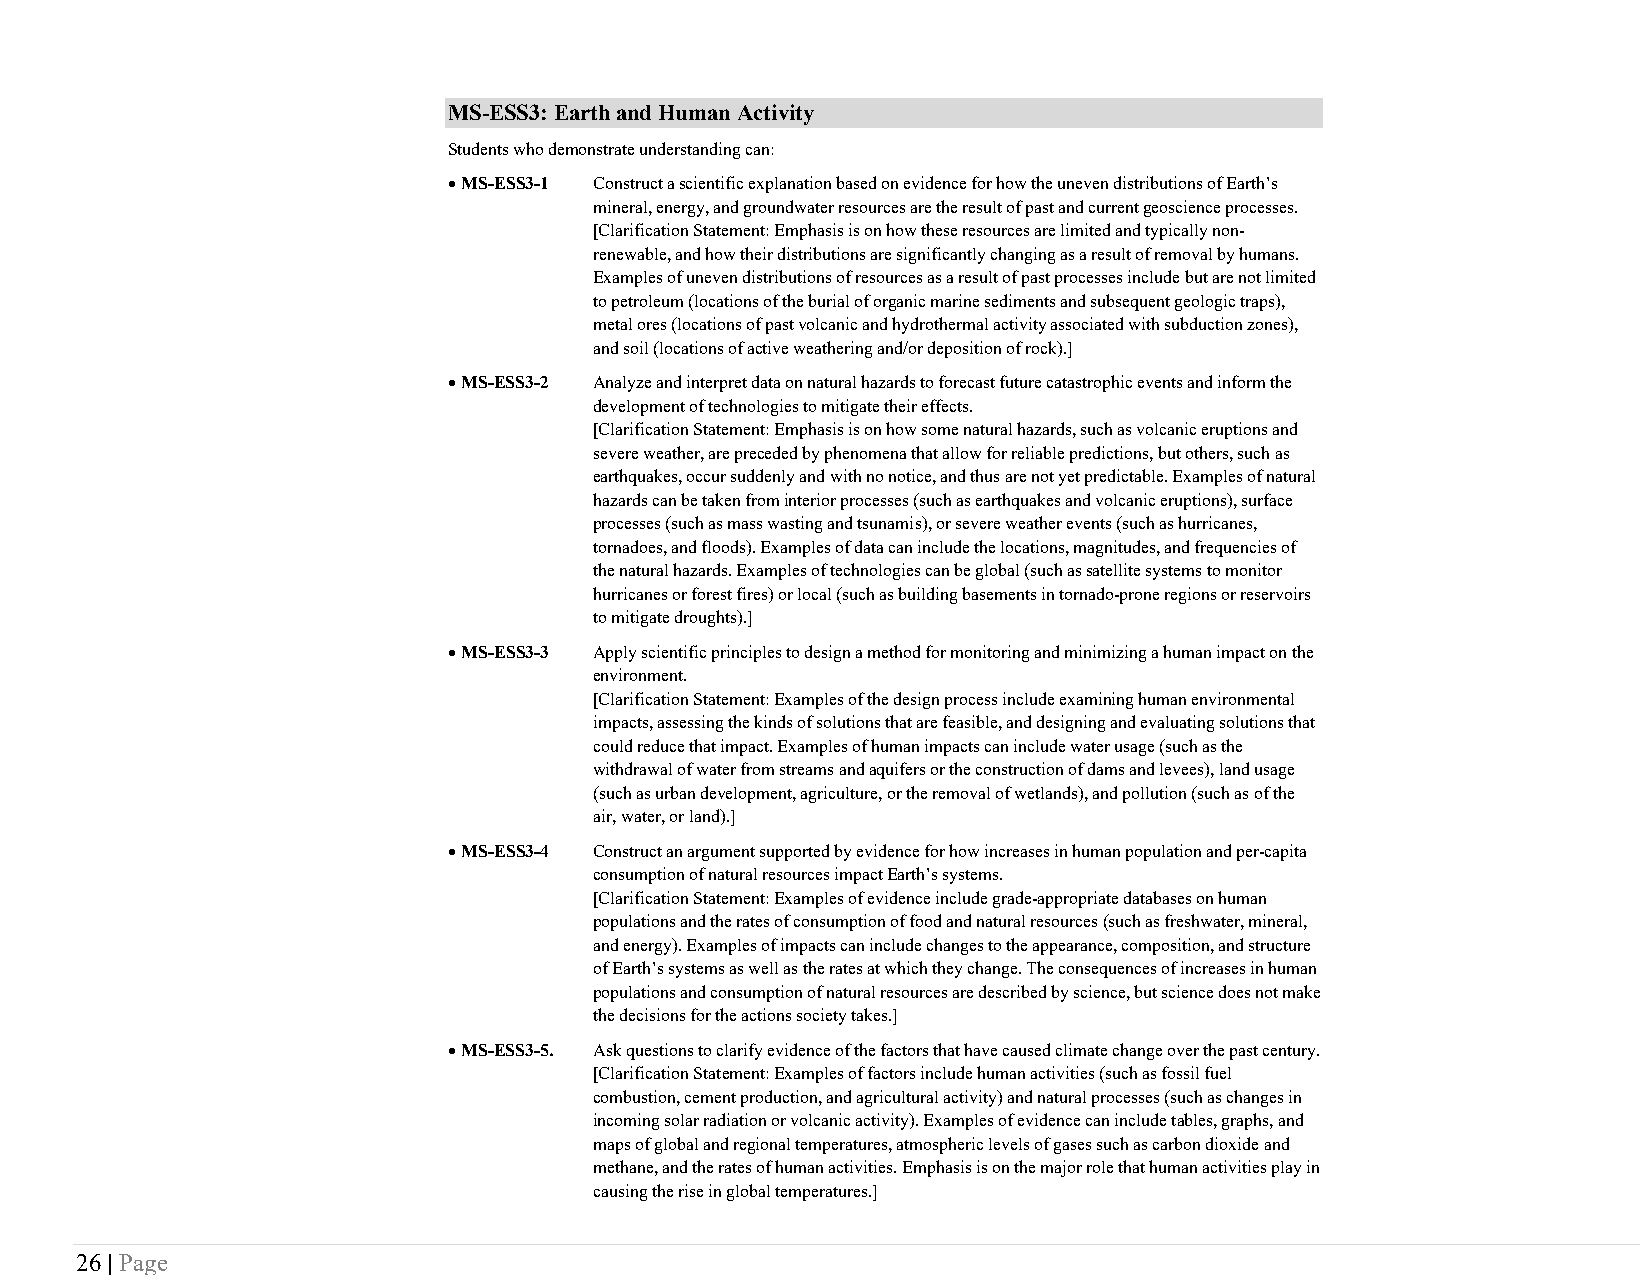
MS-ESS3: Earth and Human Activity
 Students who demonstrate understanding can:
 • MS-ESS3-1 Construct a scientific explanation based on evidence for how the uneven distributions of Earth’s
 mineral, energy, and groundwater resources are the result of past and current geoscience processes.
 [Clarification Statement: Emphasis is on how these resources are limited and typically non-
 renewable, and how their distributions are significantly changing as a result of removal by humans.
 Examples of uneven distributions of resources as a result of past processes include but are not limited
 to petroleum (locations of the burial of organic marine sediments and subsequent geologic traps),
 metal ores (locations of past volcanic and hydrothermal activity associated with subduction zones),
 and soil (locations of active weathering and/or deposition of rock).]
 • MS-ESS3-2 Analyze and interpret data on natural hazards to forecast future catastrophic events and inform the
 development of technologies to mitigate their effects.
 [Clarification Statement: Emphasis is on how some natural hazards, such as volcanic eruptions and
 severe weather, are preceded by phenomena that allow for reliable predictions, but others, such as
 earthquakes, occur suddenly and with no notice, and thus are not yet predictable. Examples of natural
 hazards can be taken from interior processes (such as earthquakes and volcanic eruptions), surface
 processes (such as mass wasting and tsunamis), or severe weather events (such as hurricanes,
 tornadoes, and floods). Examples of data can include the locations, magnitudes, and frequencies of
 the natural hazards. Examples of technologies can be global (such as satellite systems to monitor
 hurricanes or forest fires) or local (such as building basements in tornado-prone regions or reservoirs
 to mitigate droughts).]
 • MS-ESS3-3 Apply scientific principles to design a method for monitoring and minimizing a human impact on the
 environment.
 [Clarification Statement: Examples of the design process include examining human environmental
 impacts, assessing the kinds of solutions that are feasible, and designing and evaluating solutions that
 could reduce that impact. Examples of human impacts can include water usage (such as the
 withdrawal of water from streams and aquifers or the construction of dams and levees), land usage
 (such as urban development, agriculture, or the removal of wetlands), and pollution (such as of the
 air, water, or land).]
 • MS-ESS3-4 Construct an argument supported by evidence for how increases in human population and per-capita
 consumption of natural resources impact Earth’s systems.
 [Clarification Statement: Examples of evidence include grade-appropriate databases on human
 populations and the rates of consumption of food and natural resources (such as freshwater, mineral,
 and energy). Examples of impacts can include changes to the appearance, composition, and structure
 of Earth’s systems as well as the rates at which they change. The consequences of increases in human
 populations and consumption of natural resources are described by science, but science does not make
 the decisions for the actions society takes.]
 • MS-ESS3-5. Ask questions to clarify evidence of the factors that have caused climate change over the past century.
 [Clarification Statement: Examples of factors include human activities (such as fossil fuel
 combustion, cement production, and agricultural activity) and natural processes (such as changes in
 incoming solar radiation or volcanic activity). Examples of evidence can include tables, graphs, and
 maps of global and regional temperatures, atmospheric levels of gases such as carbon dioxide and
 methane, and the rates of human activities. Emphasis is on the major role that human activities play in
 causing the rise in global temperatures.]
 26 | Page
 New Jersey Department of Education Draft Jan. 2020      37